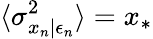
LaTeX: \langle\sigma_{x_{n}|\epsilon_{n}}^{2}\rangle=x_{*}